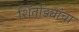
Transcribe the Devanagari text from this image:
शिंतोड्यांचा